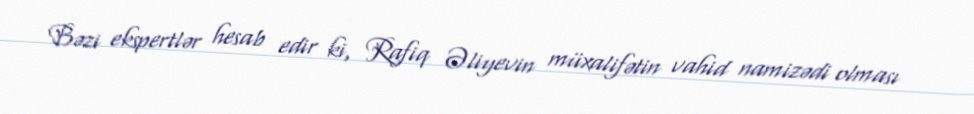
Bəzi ekspertlər hesab edir ki, Rafiq Əliyevin müxalifətin vahid namizədi olması